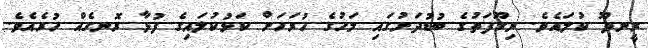
ރީނދޫ ކުލައެވެ. ނިގޫފަތުގެ ބުޑުދަށުގައި މަހުގެ ހުރަހަށް ކަޅުކުލައިގެ ފުޅާ ރޮނގެއް ހުރެއެވެ.